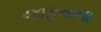
જાફનાના